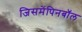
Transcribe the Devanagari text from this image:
जिसमेंपिनबॉल